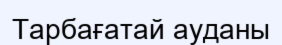
Тарбағатай ауданы